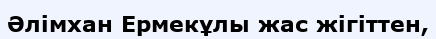
Әлімхан Ермекұлы жас жігіттен,